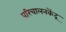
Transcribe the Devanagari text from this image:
परिचालनकेंद्र